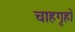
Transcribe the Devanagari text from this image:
चाहगृहों